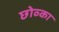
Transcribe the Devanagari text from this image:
छोव्का